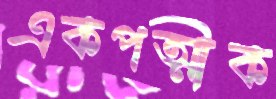
একপত্মীক